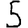
Digit: 5